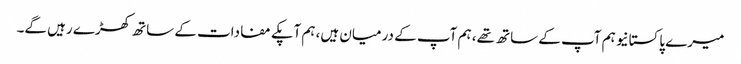
میرے پاکستانیو ہم آپ کے ساتھ تھے، ہم آپ کے درمیان ہیں، ہم آپکے مفادات کے ساتھ کھڑے رہیں گے۔